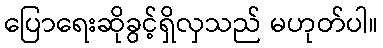
ပြောရေးဆိုခွင့်ရှိလှသည် မဟုတ်ပါ။